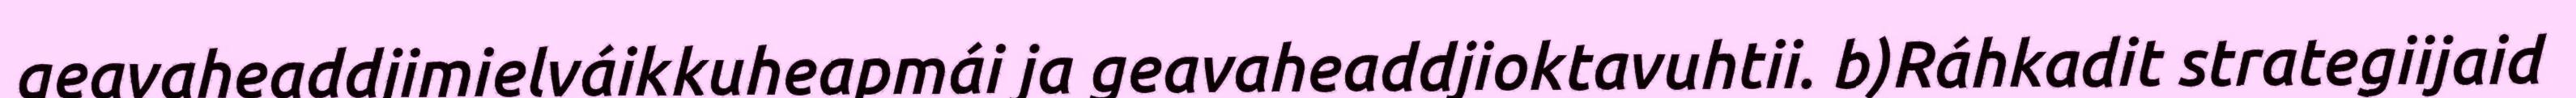
geavaheaddjimielváikkuheapmái ja geavaheaddjioktavuhtii. b)Ráhkadit strategiijaid